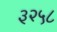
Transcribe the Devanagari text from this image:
३२५८